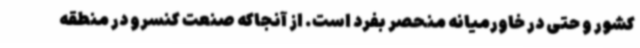
کشور و حتی در خاورمیانه منحصر بفرد است. از آنجاکه صنعت کنسرو در منطقه